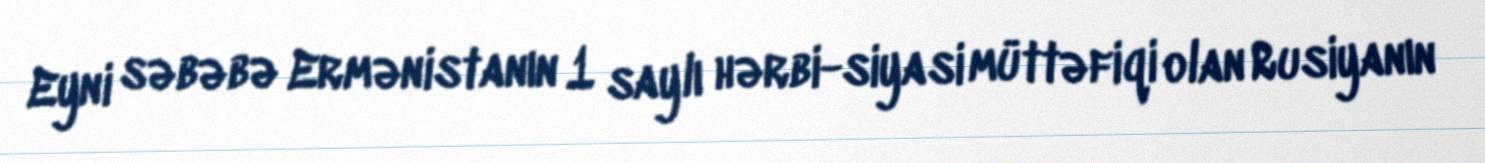
Eyni səbəbə Ermənistanın 1 saylı hərbi-siyasi müttəfiqi olan Rusiyanın